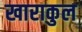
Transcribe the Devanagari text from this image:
खाराकुल